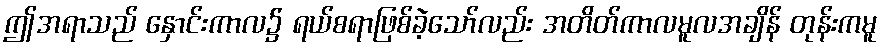
ဤအရာသည် နှောင်းကာလ၌ ရယ်စရာဖြစ်ခဲ့သော်လည်း အတိတ်ကာလမူလအချိန် တုန်းကမူ